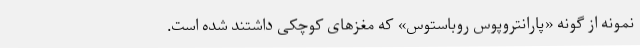
نمونه از گونه «پارانتروپوس روباستوس» که مغزهای کوچکی داشتند شده است.